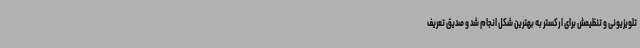
تلویزیونی و تنظیمش برای ارکستر به بهترین شکل انجام شد و صدیق تعریف